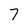
Character: 7